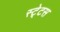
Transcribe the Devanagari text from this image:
स्‍टे्टस